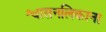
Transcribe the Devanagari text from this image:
श्वासनलिकाना